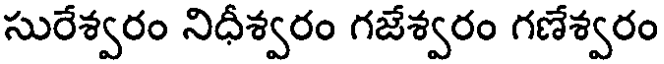
సురేశ్వరం నిధీశ్వరం గజేశ్వరం గణేశ్వరం